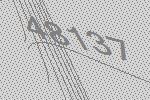
48137